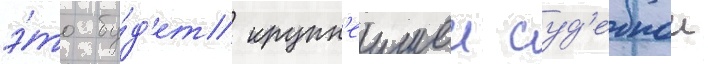
э́то бу́д'ет крупн'еишеи суд'ебнои